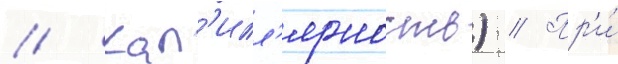
// Кап'илл'ярность) // Пр'и́